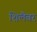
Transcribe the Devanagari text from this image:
शिलैबर